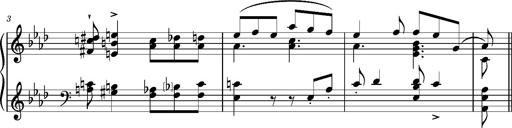
Title: Album-Leaf 'Dublin', S.164r
Composer: Franz Liszt
Key: A-flat major